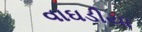
વાઘડીયા